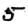
Digit: 5